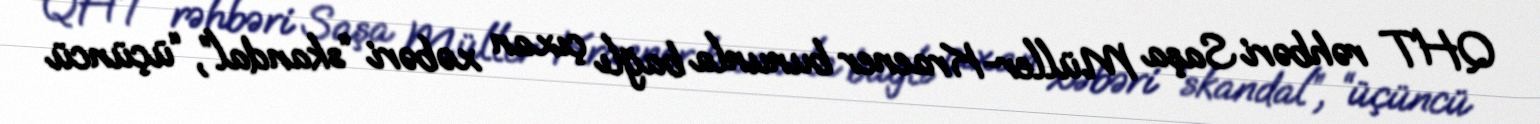
QHT rəhbəri Saşa Müller-Kraener bununla bağlı çıxan xəbəri “skandal”, “üçüncü